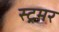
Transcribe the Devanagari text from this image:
स्ट्रमर